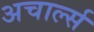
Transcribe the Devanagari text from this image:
अचार्ल्स